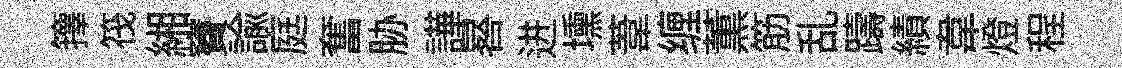
籜筏緗竇諭庭奮胁譁晷进壎葦缠薫筋乱躊績韋燈程